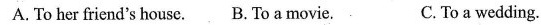
A. To her friend's house.B. To a movie. C.To a wedding.